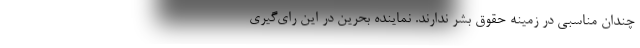
چندان مناسبی در زمینه حقوق بشر ندارند. نماینده بحرین در این رای‌گیری